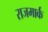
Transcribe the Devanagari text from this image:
राजमार्क